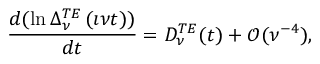
\frac { d ( \ln \Delta _ { \nu } ^ { T E } \left( \imath \nu t \right) ) } { d t } = D _ { \nu } ^ { T E } ( t ) + \mathcal { O } ( \nu ^ { - 4 } ) ,